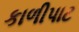
કાળીપાટ